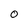
Character: 0